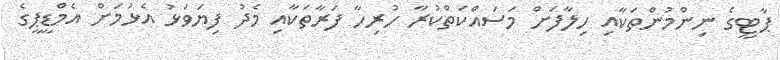
ޕާޓީގެ ނިންމުންތަކާއި ހިލާފަށް މަސައްކަތްކުރާ ހުރިހާ ފަރާތަކާއި މެދު ފިޔަވަޅު އެޅުމަށް އެމްޑީޕީގެ